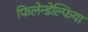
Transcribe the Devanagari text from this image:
फिलेन्डेल्फिया